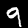
Label: 9